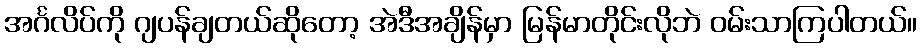
အင်္ဂလိပ်ကို ဂျပန်ချတယ်ဆိုတော့ အဲဒီအချိန်မှာ မြန်မာတိုင်းလိုဘဲ ဝမ်းသာကြပါတယ်။